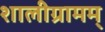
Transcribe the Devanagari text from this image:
शालीग्रामम्